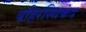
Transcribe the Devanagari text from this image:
बहिरस्थिकंद